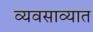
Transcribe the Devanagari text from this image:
व्यवसाव्यात